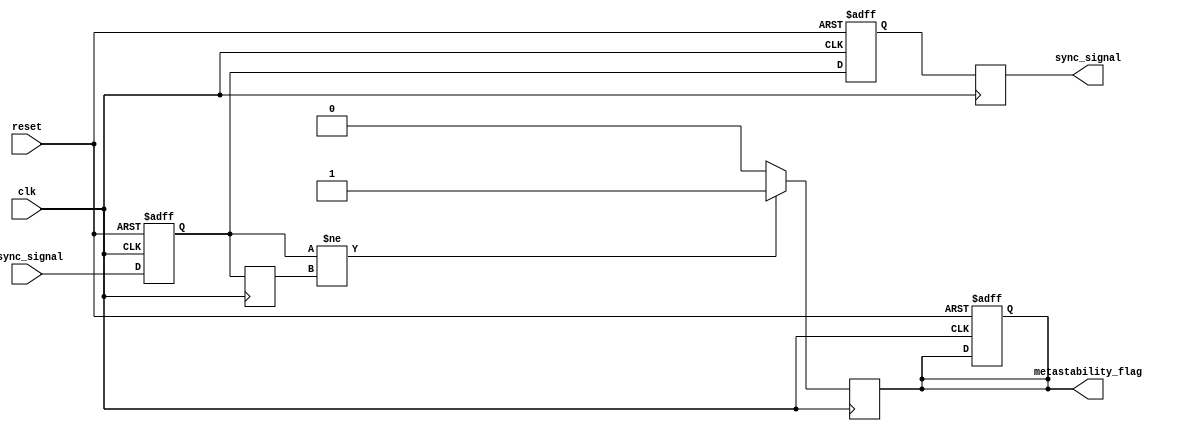
module metastability_detector (
    input wire clk,                // Synchronous clock signal
    input wire async_signal,       // Asynchronous input signal
    input wire reset,              // Reset signal
    output reg sync_signal,        // Synchronized output signal
    output reg metastability_flag   // Metastability indicator
);

    // Internal signals for the flip-flops
    reg ff1, ff2;                 // Outputs of the two flip-flops
    reg ff1_prev;                 // Previous state of the first flip-flop

    // D Flip-Flops for synchronization
    always @(posedge clk or posedge reset) begin
        if (reset) begin
            ff1 <= 1'b0;          // Initialize ff1 on reset
            ff2 <= 1'b0;          // Initialize ff2 on reset
            metastability_flag <= 1'b0; // Clear metastability flag
        end else begin
            ff1 <= async_signal;   // Sample async_signal
            ff2 <= ff1;            // Sample output of ff1
        end
    end

    // Output synchronization
    always @(posedge clk) begin
        sync_signal <= ff2;        // Output the synchronized signal
        ff1_prev <= ff1;           // Store previous state of ff1

        // Metastability detection logic
        if (ff1 != ff1_prev) begin
            metastability_flag <= 1'b1; // Flag if ff1 changes state
        end else begin
            metastability_flag <= 1'b0; // Clear flag if stable
        end
    end

endmodule